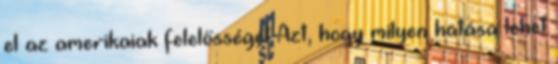
el az amerikaiak felelősségét Azt, hogy milyen hatása lehet